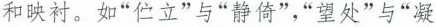
和映衬。如”伫立”与”静倚”，”望处”与”凝